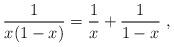
LaTeX: \begin{align*}{1\over x(1-x)}={1\over x}+{1\over 1- x}\ ,\end{align*}